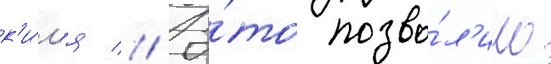
к'и́л'я // Э́то позво́л'ило